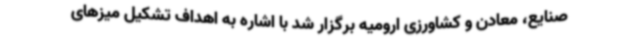
صنایع، معادن و کشاورزی ارومیه برگزار شد با اشاره به اهداف تشکیل میزهای